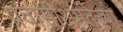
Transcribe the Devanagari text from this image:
प्रवासीक्षमतेच्या